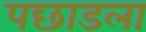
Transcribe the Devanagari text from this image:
पछाडला